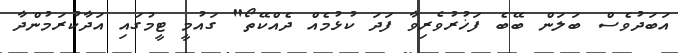
އަބަދުވެސް ބަލަން ބޭބެ ފަޚުރުވެރިވާ ފަދަ ކުޅުމެއް ދެއްކޭތޯ" ގައުމީ ޓީމުގައި އަދާކުރަމުންދާ